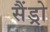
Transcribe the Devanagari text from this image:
सैंड्रो